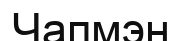
Чапмэн